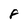
Character: 8